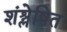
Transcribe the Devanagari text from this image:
शंश्लेषित